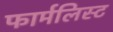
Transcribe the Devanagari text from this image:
फार्मलिस्ट